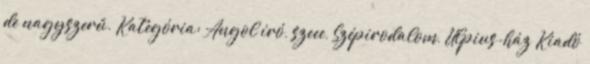
de nagyszerű. Kategória: Angol író, szeee, Szépirodalom, Ulpius-ház Kiadó